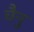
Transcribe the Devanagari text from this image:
चैनु